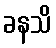
ခနသိ